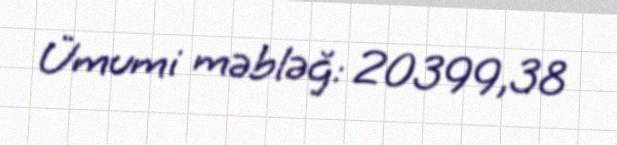
Ümumi məbləğ: 20399,38